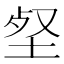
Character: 𡋹